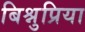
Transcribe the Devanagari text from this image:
बिश्नुप्रिया